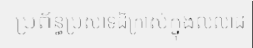
ប្រព័ន្ធប្រសាទដ៏ក្រាស់ក្នុងលលាដ